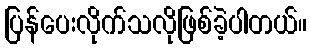
ပြန်ပေးလိုက်သလိုဖြစ်ခဲ့ပါတယ်။